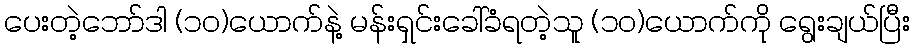
ပေးတဲ့ဘော်ဒါ (၁၀)ယောက်နဲ့ မန်းရှင်းခေါ်ခံရတဲ့သူ (၁၀)ယောက်ကို ရွေးချယ်ပြီး